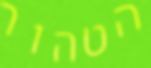
הטהור